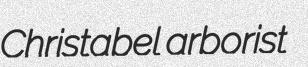
Christabel arborist